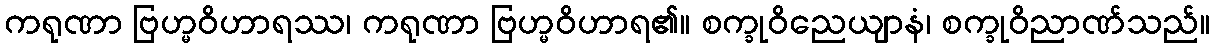
ကရုဏာ ဗြဟ္မဝိဟာရဿ၊ ကရုဏာ ဗြဟ္မဝိဟာရ၏။ စက္ခုဝိညေယျာနံ၊ စက္ခုဝိညာဏ်သည်။